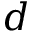
d